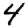
Digit: 4